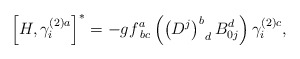
\begin{align*}\left[ H,\gamma _{i}^{\left( 2\right) a}\right] ^{*}=-gf_{\;bc}^{a}\left(\left( D^{j}\right) _{\;\;d}^{b}B_{0j}^{d}\right) \gamma _{i}^{\left(2\right) c}, \end{align*}